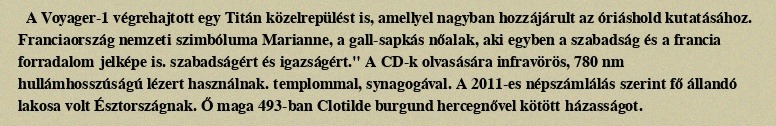
A Voyager-1 végrehajtott egy Titán közelrepülést is, amellyel nagyban hozzájárult az óriáshold kutatásához. Franciaország nemzeti szimbóluma Marianne, a gall-sapkás nőalak, aki egyben a szabadság és a francia forradalom jelképe is. szabadságért és igazságért." A CD-k olvasására infravörös, 780 nm hullámhosszúságú lézert használnak. templommal, synagogával. A 2011-es népszámlálás szerint fő állandó lakosa volt Észtországnak. Ő maga 493-ban Clotilde burgund hercegnővel kötött házasságot.